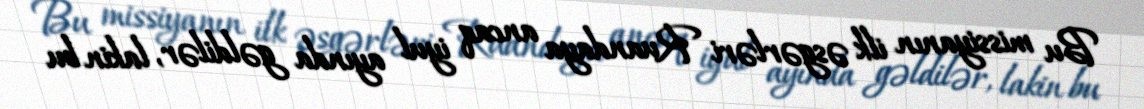
Bu missiyanın ilk əsgərləri Ruandaya ancaq iyul ayında gəldilər, lakin bu